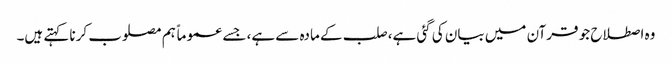
وہ اصطلاح جو قرآن میں بیان کی گئی ہے، صلب کے مادہ سے ہے، جسے عموماً ہم مصلوب کرنا کہتے ہیں۔